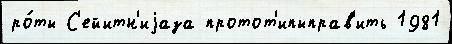
ро́ты С'ейитн'иjаза протот'ипыправ'ить 1981